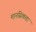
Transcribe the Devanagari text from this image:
मानसिकता